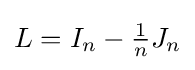
{\textstyle L=I_{n}-{\frac {1}{n}}J_{n}}